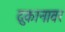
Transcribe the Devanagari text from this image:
दुकानावर